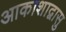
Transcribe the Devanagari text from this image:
आकाशाद्वासु